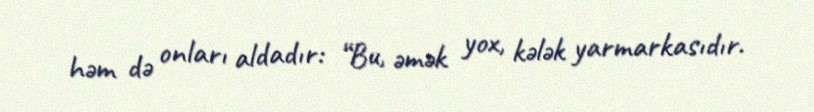
həm də onları aldadır: “Bu, əmək yox, kələk yarmarkasıdır.